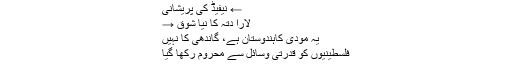
← نیفیڈ کی پریشانی
لارا دتہ کا نیا شوق →
یہ مودی کاہندوستان ہے، گاندھی کا نہیں
فلسطینیوں کو قدرتی وسائل سے محروم رکھا گیا